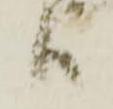
ハ